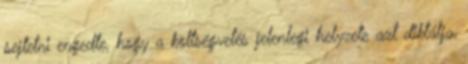
sejtetni engedte, hogy a költségvetés jelenlegi helyzete azt diktálja,